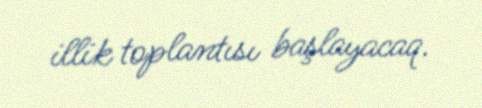
illik toplantısı başlayacaq.